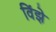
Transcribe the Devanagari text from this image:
विंझे